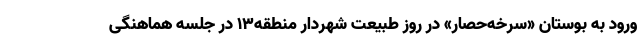
ورود به بوستان «سرخه‌حصار» در روز طبیعت شهردار منطقه۱۳ در جلسه هماهنگی